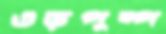
ওড়পুষ্প